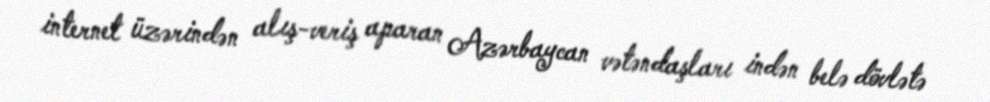
internet üzərindən alış-veriş aparan Azərbaycan vətəndaşları indən belə dövlətə